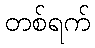
တစ်ရက်